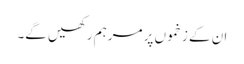
ان کے زخموں پر مرہم رکھیں گے۔